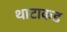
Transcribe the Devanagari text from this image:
थाटाकड